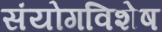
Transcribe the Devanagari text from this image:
संयोगविशेष